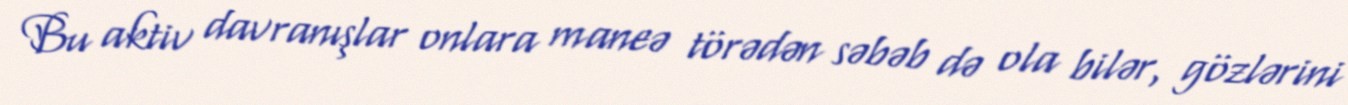
Bu aktiv davranışlar onlara maneə törədən səbəb də ola bilər, gözlərini